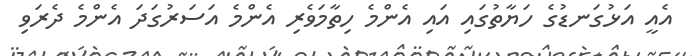
އެއީ އަޅުގަނޑުގެ ހަޔާތުގައި އައި އެންމެ ހިތާމަވެރި އެންމެ އަސަރުގަދަ އެންމެ ދެރަވި